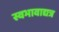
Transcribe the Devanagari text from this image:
स्वभावाद्यत्र